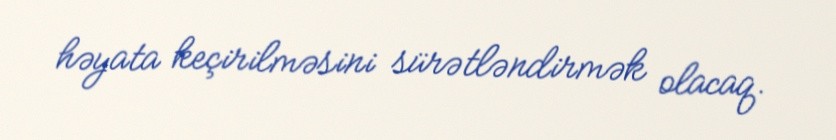
həyata keçirilməsini sürətləndirmək olacaq.